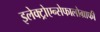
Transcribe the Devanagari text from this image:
इलेक्ट्रोएन्सेफालोग्राफी